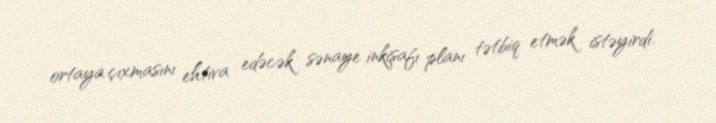
ortaya çıxmasını ehtiva edəcək sənaye inkişafı planı tətbiq etmək istəyirdi.